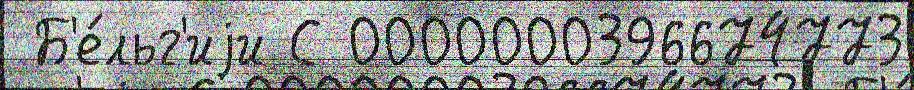
 Б'е́льг'иjи С 0000000396674773